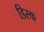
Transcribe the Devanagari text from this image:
डिस्क्